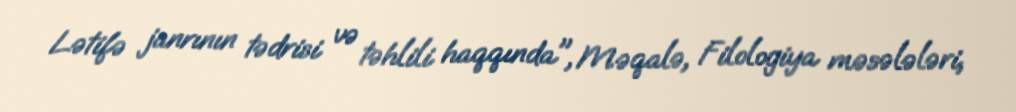
Lətifə janrının tədrisi və təhlili haqqında", Məqalə, Filologiya məsələləri,